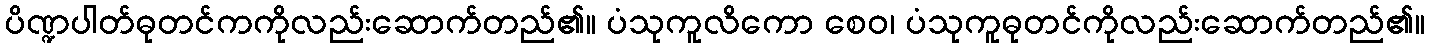
ပိဏ္ဍပါတ်ဓုတင်ကကိုလည်းဆောက်တည်၏။ ပံသုကူလိကော စေဝ၊ ပံသုကူဓုတင်ကိုလည်းဆောက်တည်၏။